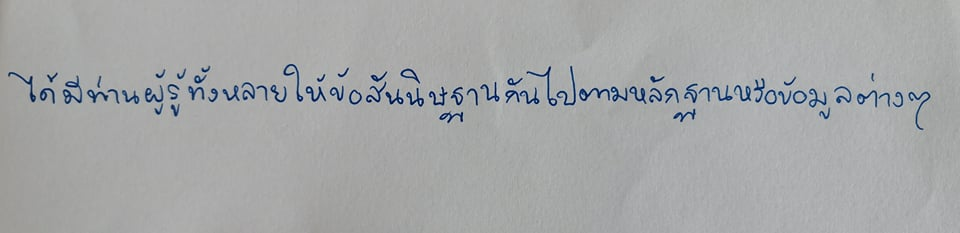
ได้มีท่านผู้รู้หลายท่านให้ข้อสันนิษฐานกันไปตามหลักฐานหรือข้อมูลต่างๆ